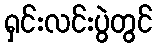
ရှင်းလင်းပွဲတွင်